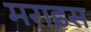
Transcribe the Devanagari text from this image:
मराइस